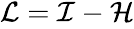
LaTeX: \begin{array}{r}{\mathcal{L}=\mathcal{I}-\mathcal{H}}\end{array}